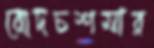
রোদচশমার